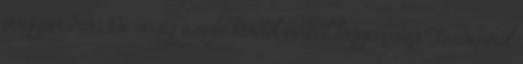
vagyon írva.De végig szinte kivétel nélkül legyen szó Tesómról